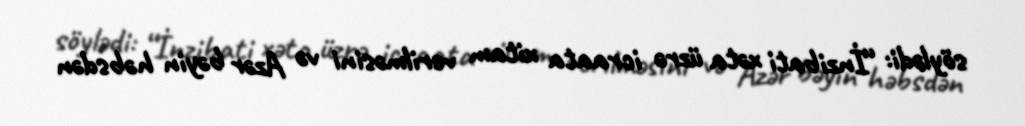
söylədi: “İnzibati xəta üzrə icraata xitam verilməsini və Azər bəyin həbsdən